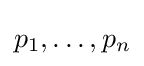
\textstyle p_{1},\dots ,p_{n}